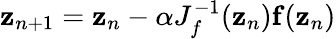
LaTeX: {\mathbf z}_{n+1}={\mathbf z}_{n}-\alpha J_{f}^{-1}({\mathbf z}_{n}){\mathbf f}({\mathbf z}_{n})